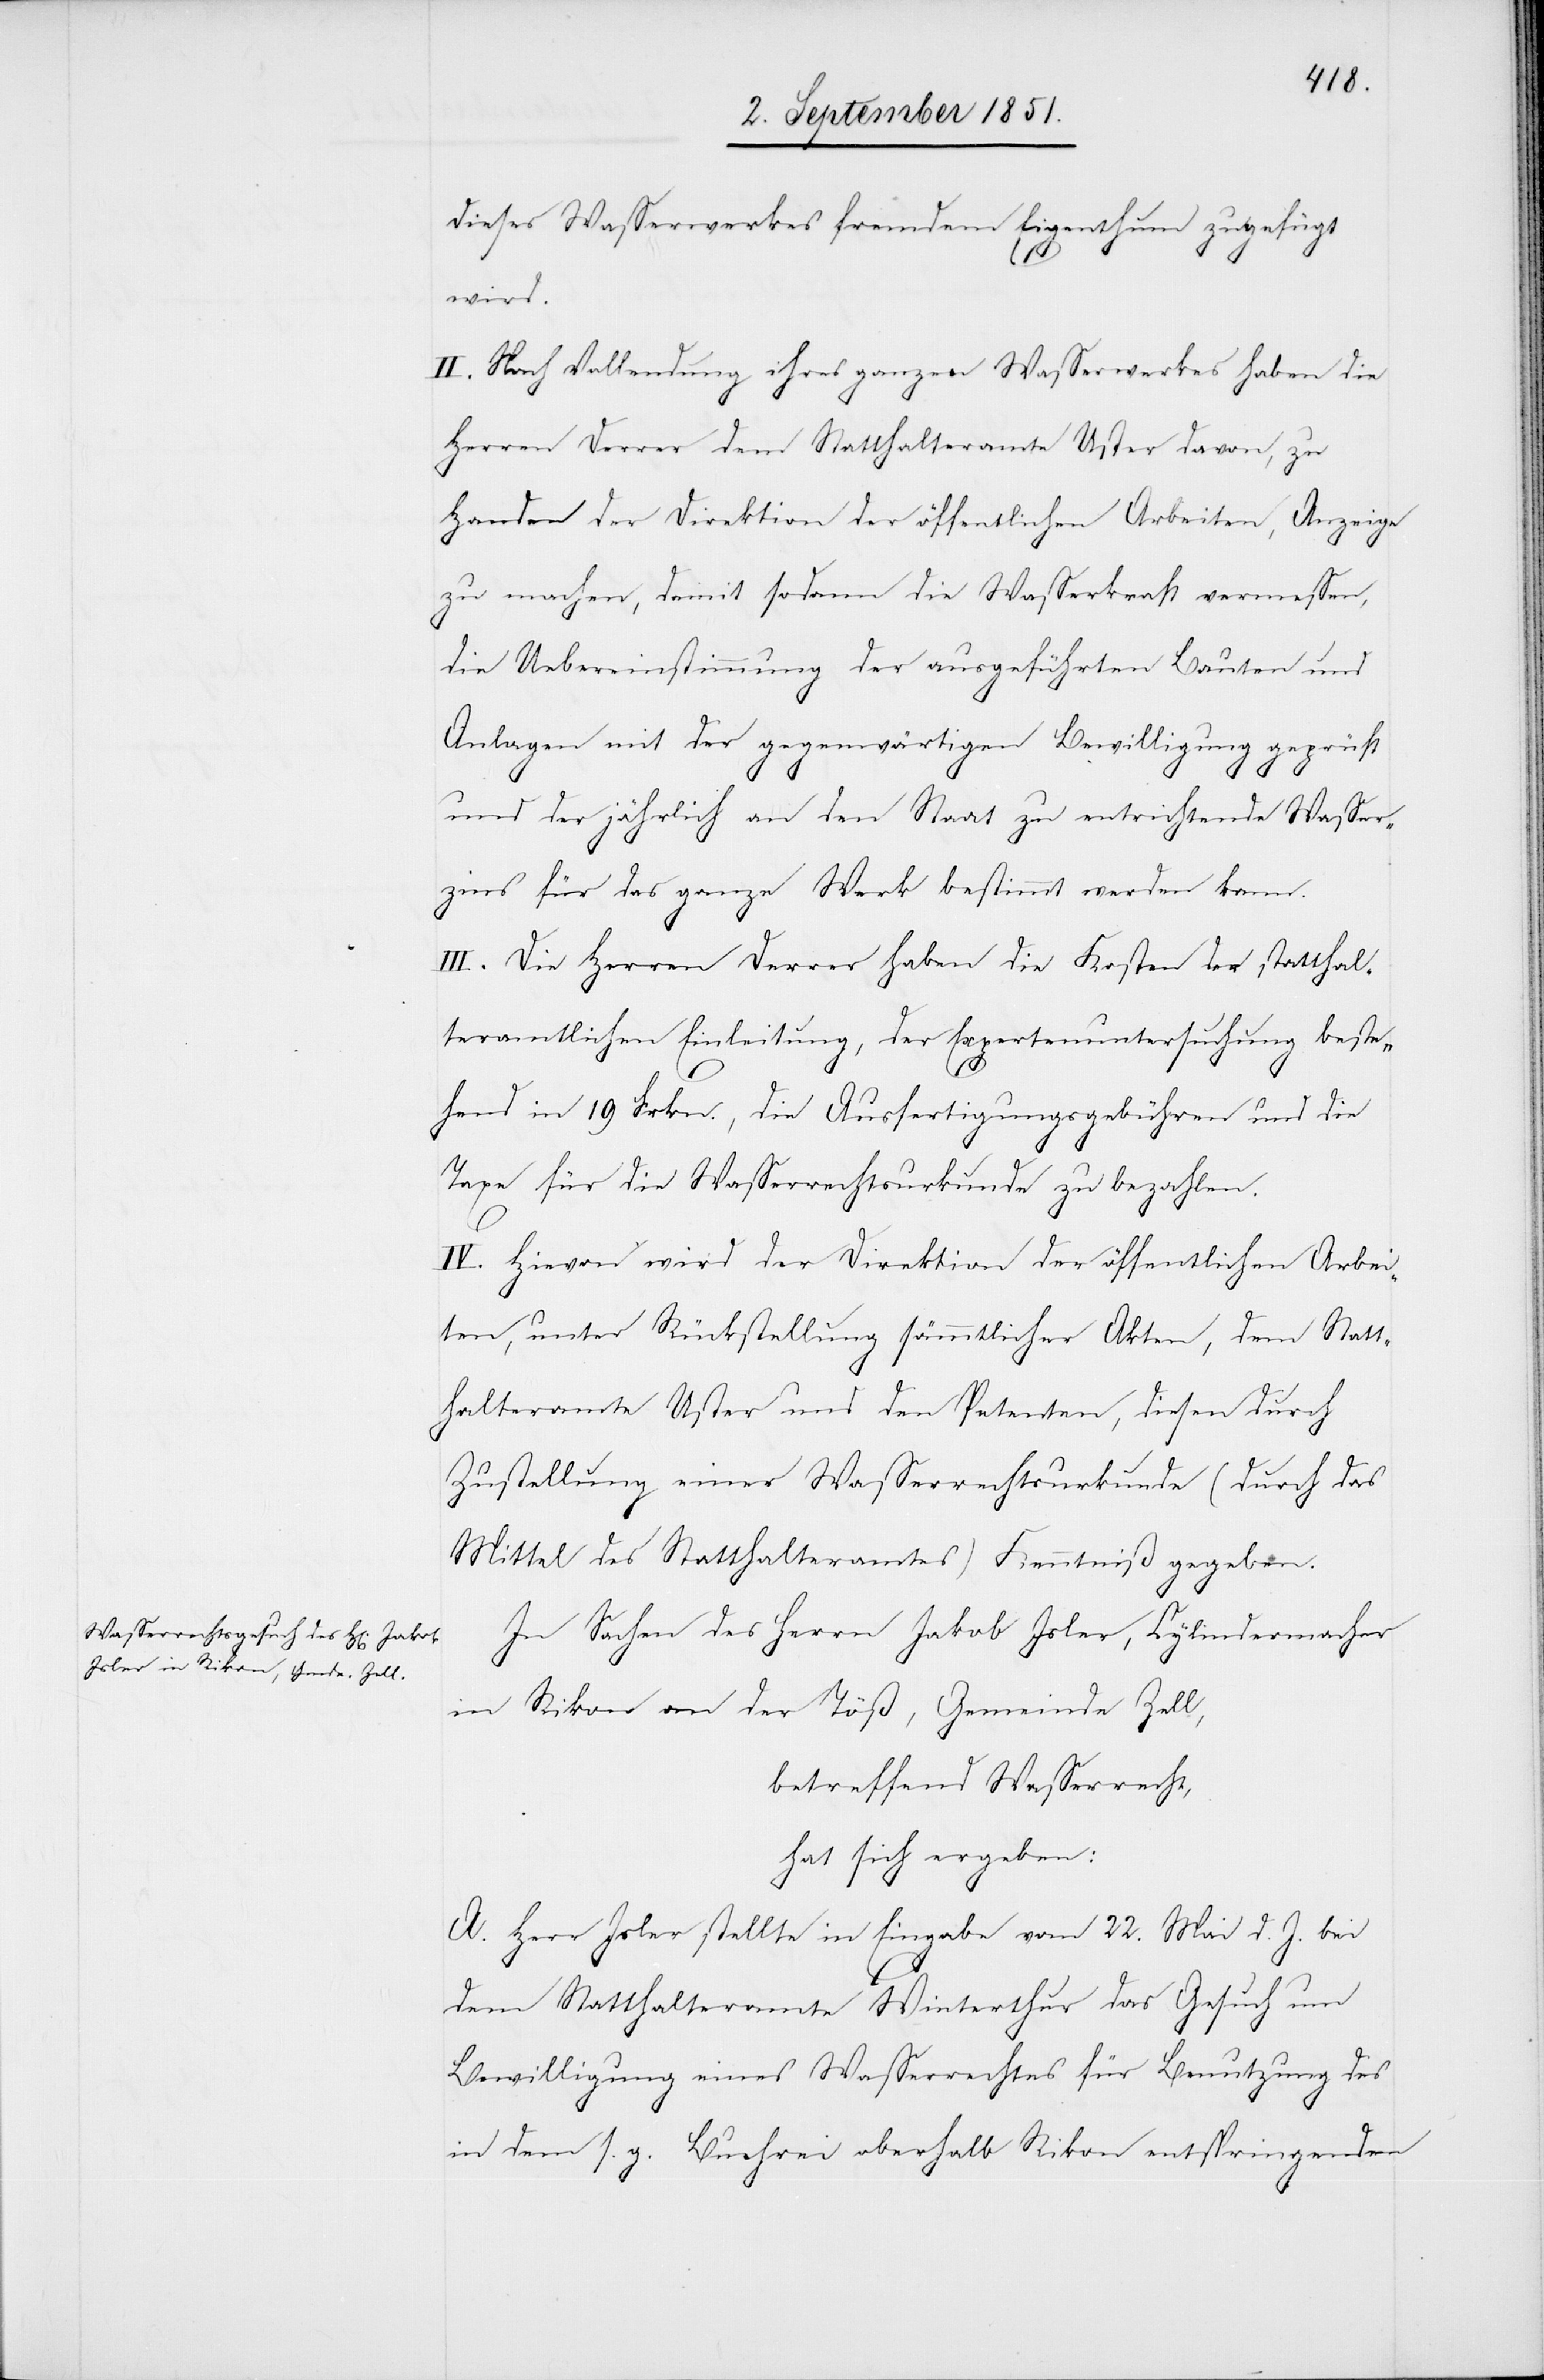
dieses Wasserwerkes fremdem Eigenthum zugefügt
wird.
II. Nach Vollendung ihres ganzen Wasserwerkes haben die
Herren Derrer dem Statthalteramte Uster davon, zu
Handen der Direktion der öffentlichen Arbeiten, Anzeige
zu machen, damit sodann die Wasserkraft vermessen,
die Uebereinstimmung der ausgeführten Bauten und
Anlagen mit der gegenwärtigen Bewilligung geprüft
und der jährlich an den Staat zu entrichtende Wasser¬
zins für das ganze Werk bestimmt werden kann.
III. Die Herren Derrer haben die Kosten der statthal¬
teramtlichen Einleitung, der Expertenuntersuchung beste¬
hend in 19 Frkn., die Ausfertigungsgebühren und die
Taxe für die Wasserrechtsurkunde zu bezahlen.
IV. Hievon wird der Direktion der öffentlichen Arbei¬
ten, unter Rückstellung sämmtlicher Akten, dem Statt¬
halteramte Uster und den Petenten, diesen durch
Zustellung einer Wasserrechtsurkunde (durch das
Mittel des Statthalteramtes) Kenntniß gegeben.
In Sachen des Herrn Jakob Isler, Cylindermacher
in Rikon an der Töß, Gemeinde Zell,
betreffend Wasserrecht,
hat sich ergeben:
A. Herr Isler stellte in Eingabe vom 22. Mai d. J. bei
dem Statthalteramte Winterthur das Gesuch um
Bewilligung eines Wasserrechtes für Benutzung des
in dem s. g. Bu[?c]hrei oberhalb Rikon entspringenden